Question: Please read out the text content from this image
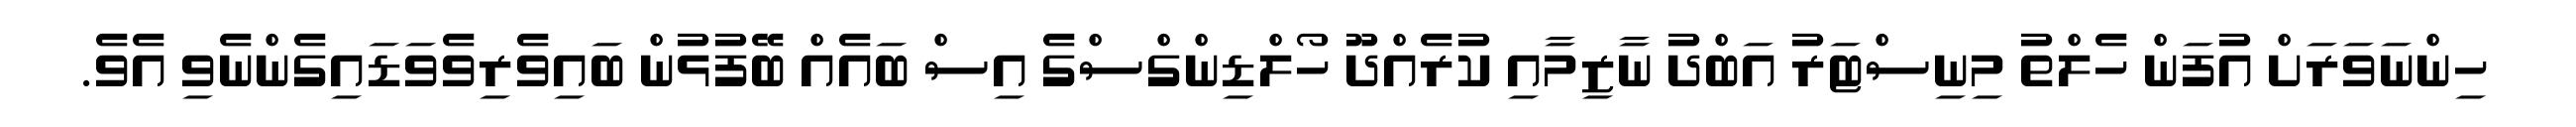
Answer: ހިންނަވަރަށް އުފަން ހެލްތު މިނިސްޓަރު އަބްދު ނާޒިމާއި ކުރެއްދޫ ހޯލްޑިންގްސްގެ އިސް ބައެއް ބޭފުޅުން ބައިވެރިވެވަޑައިގެންނެވި އެވެ.